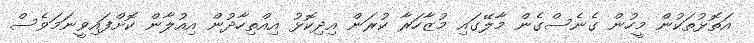
އަތޮޅުތަކުން މީހުން ގެނެސްގެން މާލޭގައި މުޒާހަރާ ކުރަން އިދިކޮޅު އިއްތިހާދުން އިއުލާން ކޮށްފައިވީނަމަވެސް